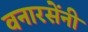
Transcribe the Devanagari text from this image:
वनारसेंनी